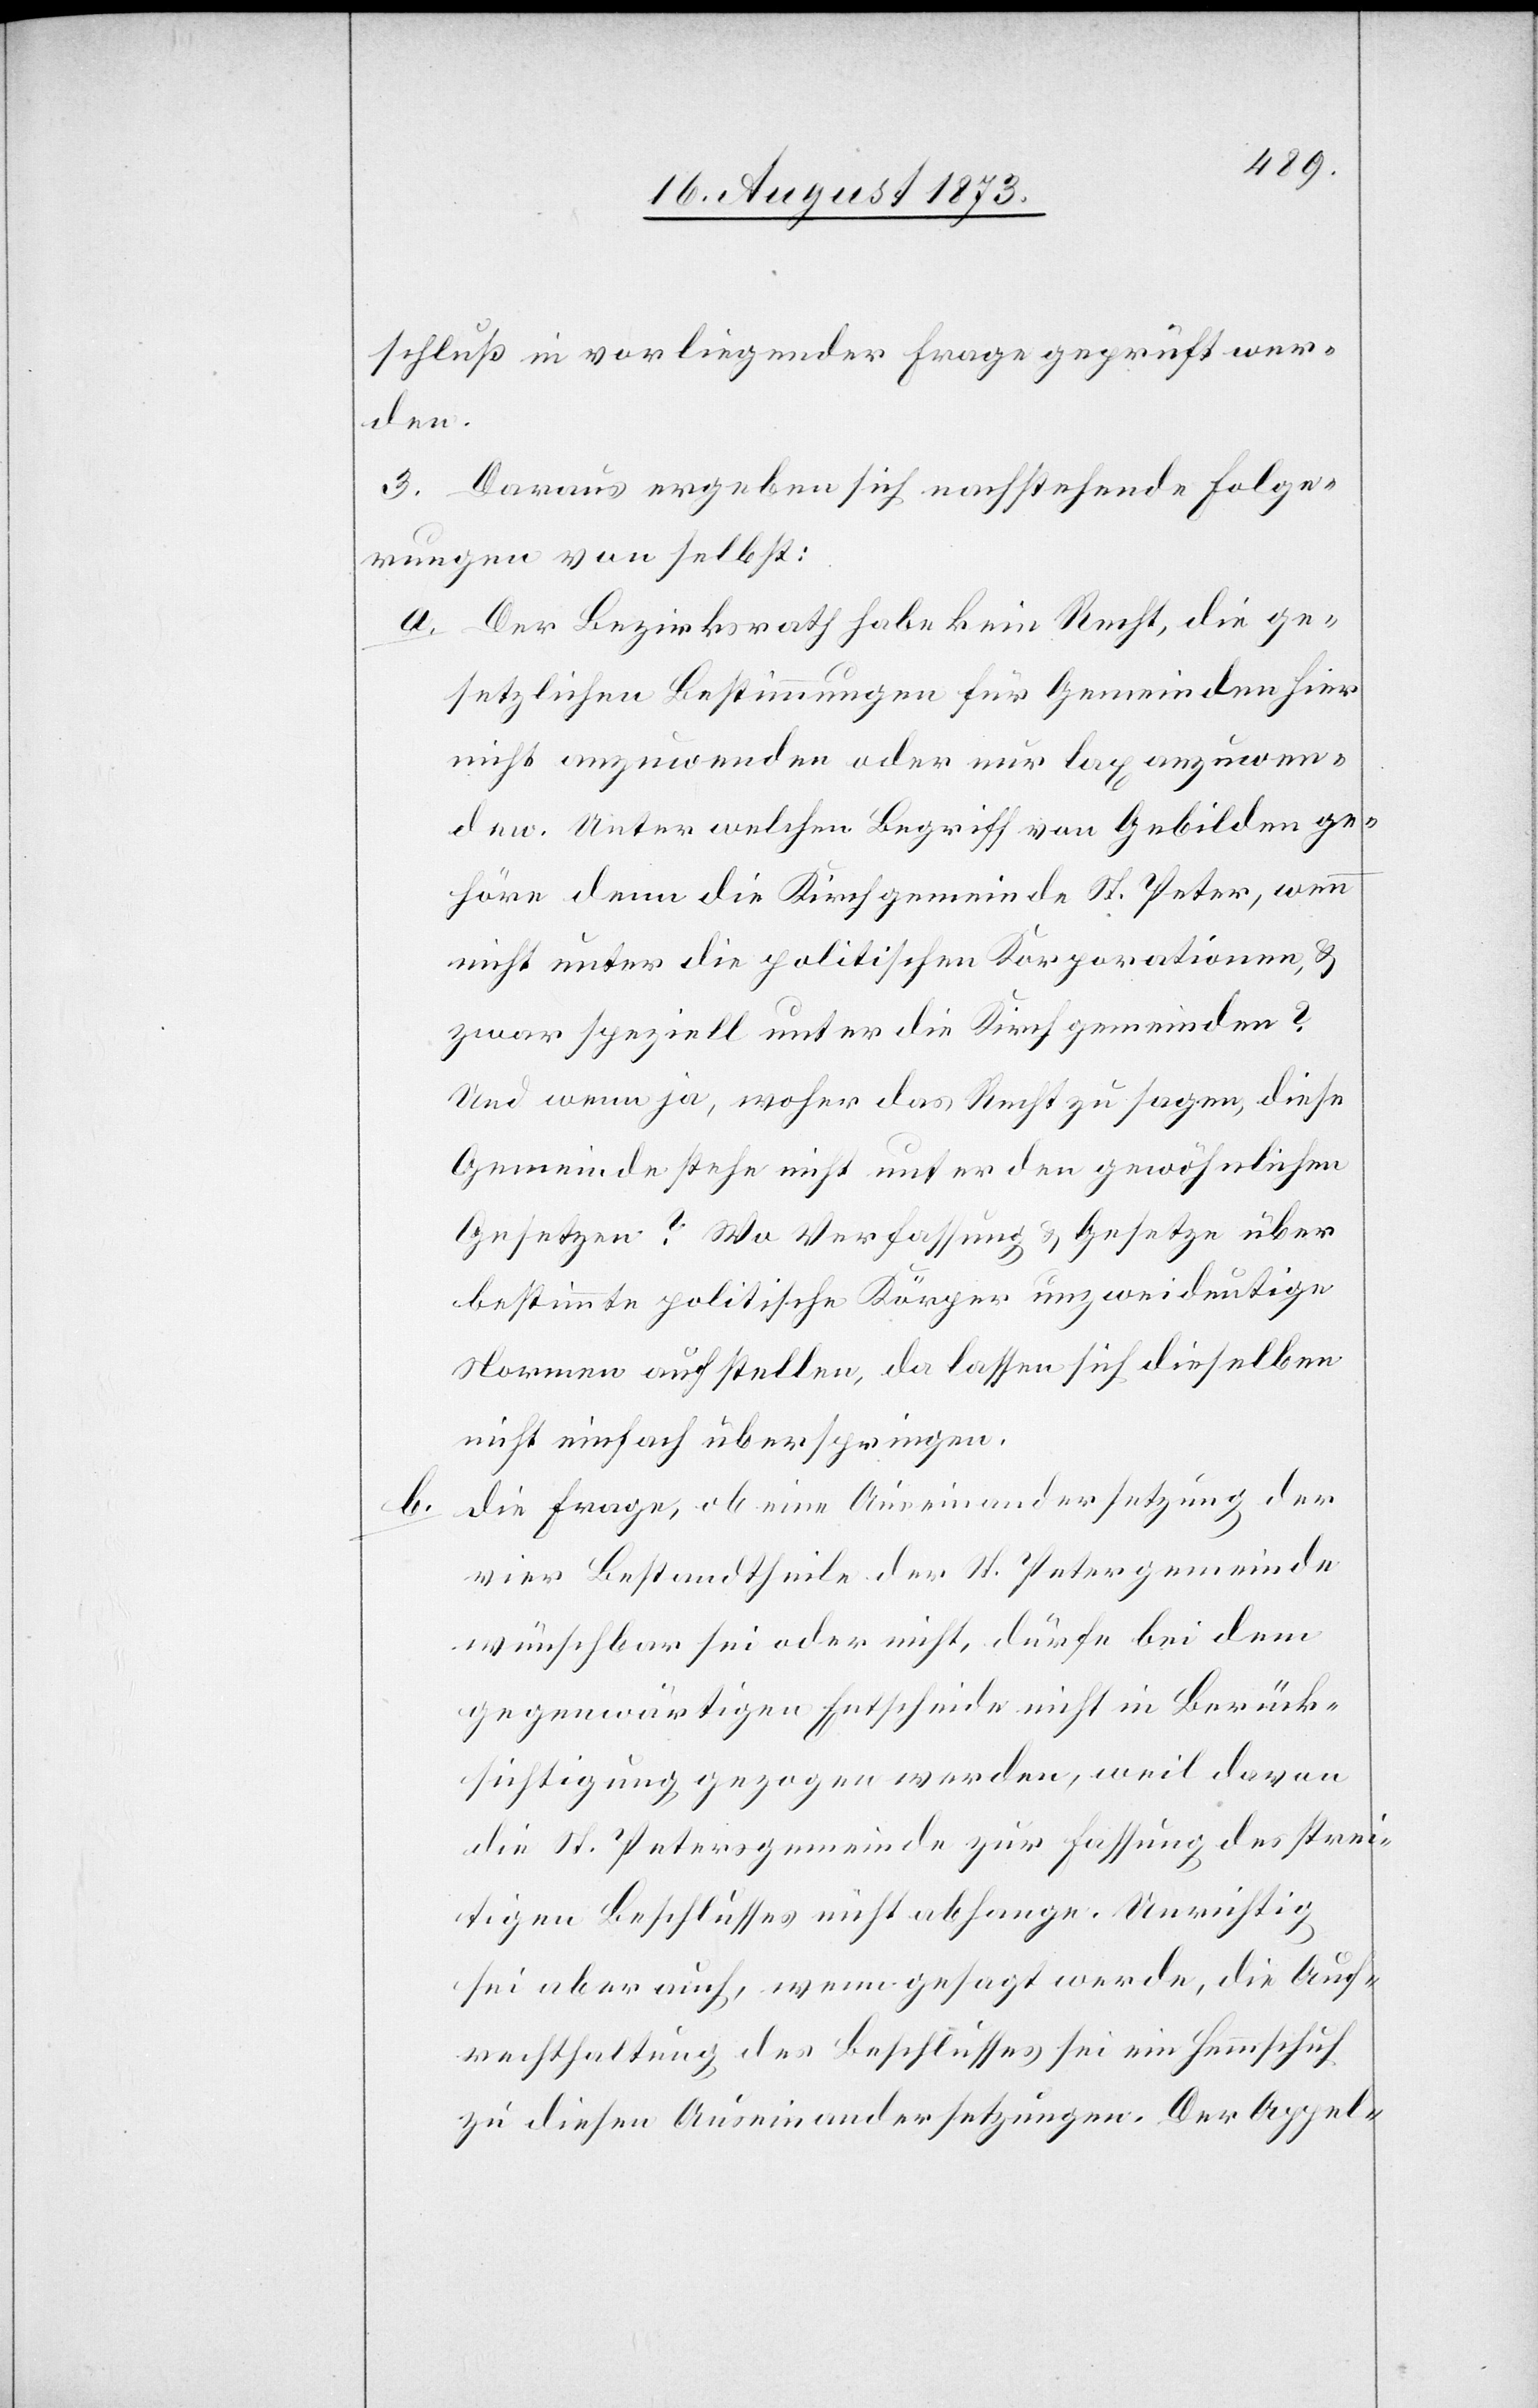
schluß in vorliegender Frage geprüft wer¬
den.
3. Daraus ergeben sich nachstehende Folge¬
rungen von selbst:
a. Der Bezirksrath habe kein Recht, die ge¬
setzlichen Bestimmungen für Gemeinden hier
nicht anzuwenden oder nur lax anzuwen¬
den. Unter welchen Begriff von Gebilden ge¬
höre denn die Kirchgemeinde St. Peter, wenn
nicht unter die politischen Korporationen, &
zwar speziell unter die Kirchgemeinden?
Und wenn ja, woher das Recht zu sagen, diese
Gemeinde stehe nicht unter den gewöhnlichen
Gesetzen? Wo Verfassung & Gesetze über
bestimmte politische Körper unzweideutige
Normen aufstellen, da lassen sich dieselben
nicht einfach überspringen.
b. die Frage, ob eine Auseinandersetzung der
vier Bestandtheile der St. Petergemeinde
wünschbar sei oder nicht, dürfe bei dem
gegenwärtigen Entscheide nicht in Berück¬
sichtigung gezogen werden, weil davon
die St. Petersgemeinde zur Fassung des strei¬
tigen Beschlusses nicht abhange. Unrichtig
sei aber auch, wenn gesagt werde, die Auf¬
rechthaltung des Beschlusses sei ein Hemmschuh
zu diesen Auseinandersetzungen. Der Appel-